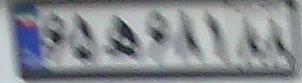
۶۵ه۶۸۱۸۸